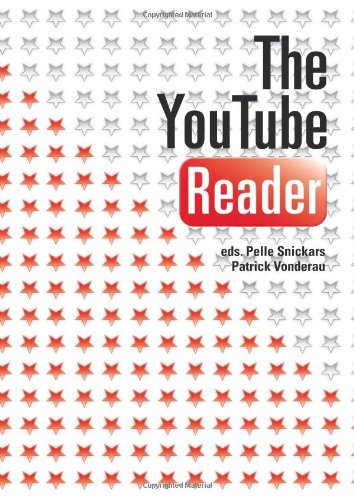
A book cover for The YouTube Reader; Patrick Vonderau; Humor & Entertainment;